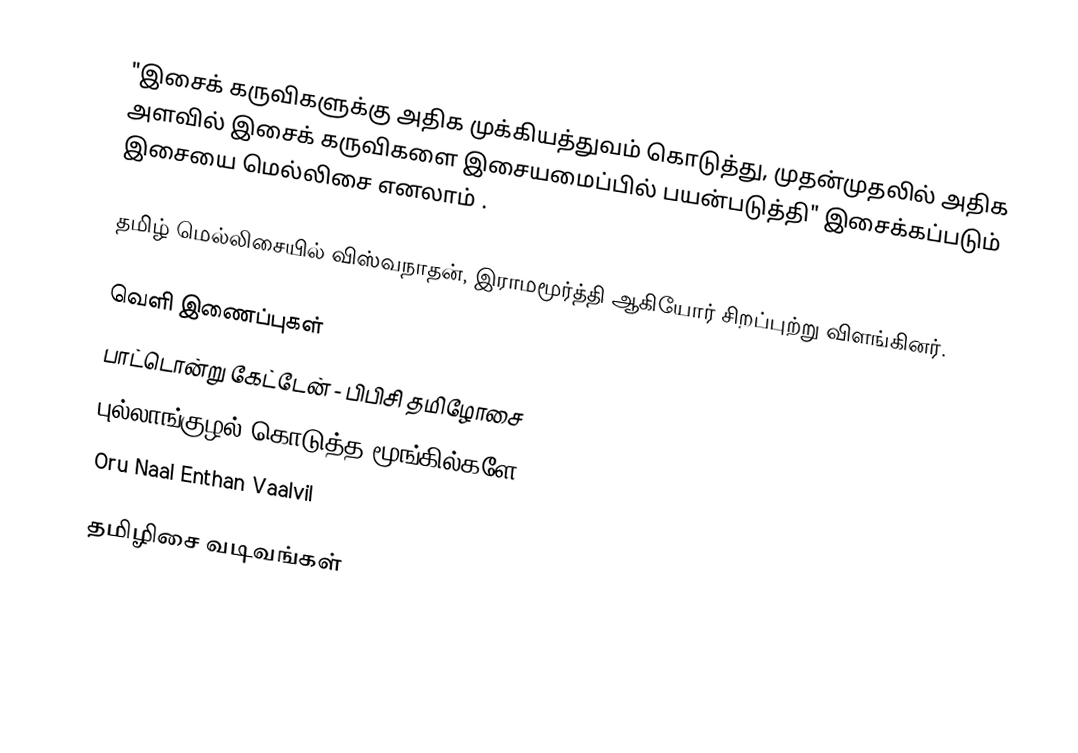
"இசைக் கருவிகளுக்கு அதிக முக்கியத்துவம் கொடுத்து, முதன்முதலில் அதிக அளவில் இசைக் கருவிகளை இசையமைப்பில் பயன்படுத்தி" இசைக்கப்படும் இசையை மெல்லிசை எனலாம் .

தமிழ் மெல்லிசையில் விஸ்வநாதன், இராமமூர்த்தி ஆகியோர் சிறப்புற்று விளங்கினர்.

வெளி இணைப்புகள்
 பாட்டொன்று கேட்டேன் - பிபிசி தமிழோசை
 புல்லாங்குழல் கொடுத்த மூங்கில்களே
 Oru Naal Enthan Vaalvil

தமிழிசை வடிவங்கள்